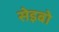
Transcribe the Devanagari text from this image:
सेइबो